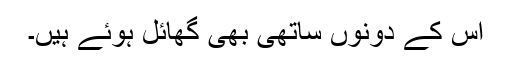
اس کے دونوں ساتھی بھی گھائل ہوئے ہیں۔